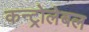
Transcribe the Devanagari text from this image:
कन्ट्रोलेबल